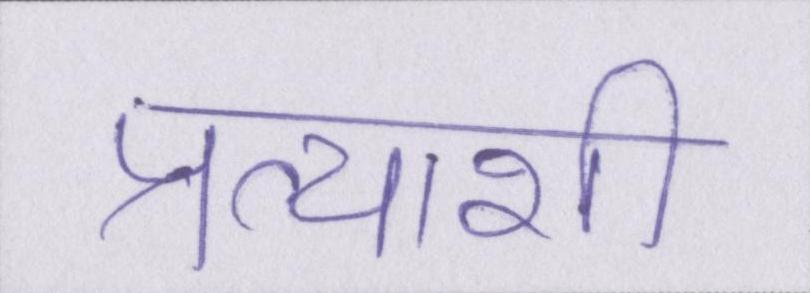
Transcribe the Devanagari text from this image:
प्रत्याशी